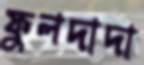
ফুলদাদা